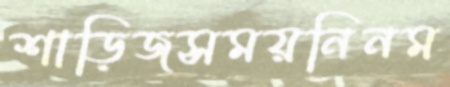
শাড়িজসময়নিনম